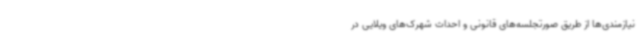
نیازمندی‌ها از طریق صورتجلسه‌های قانونی و احداث شهرک‌های ویلایی در